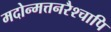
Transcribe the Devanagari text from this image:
मदोन्मत्तनरैश्‍चापि